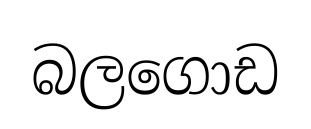
බලගොඩ